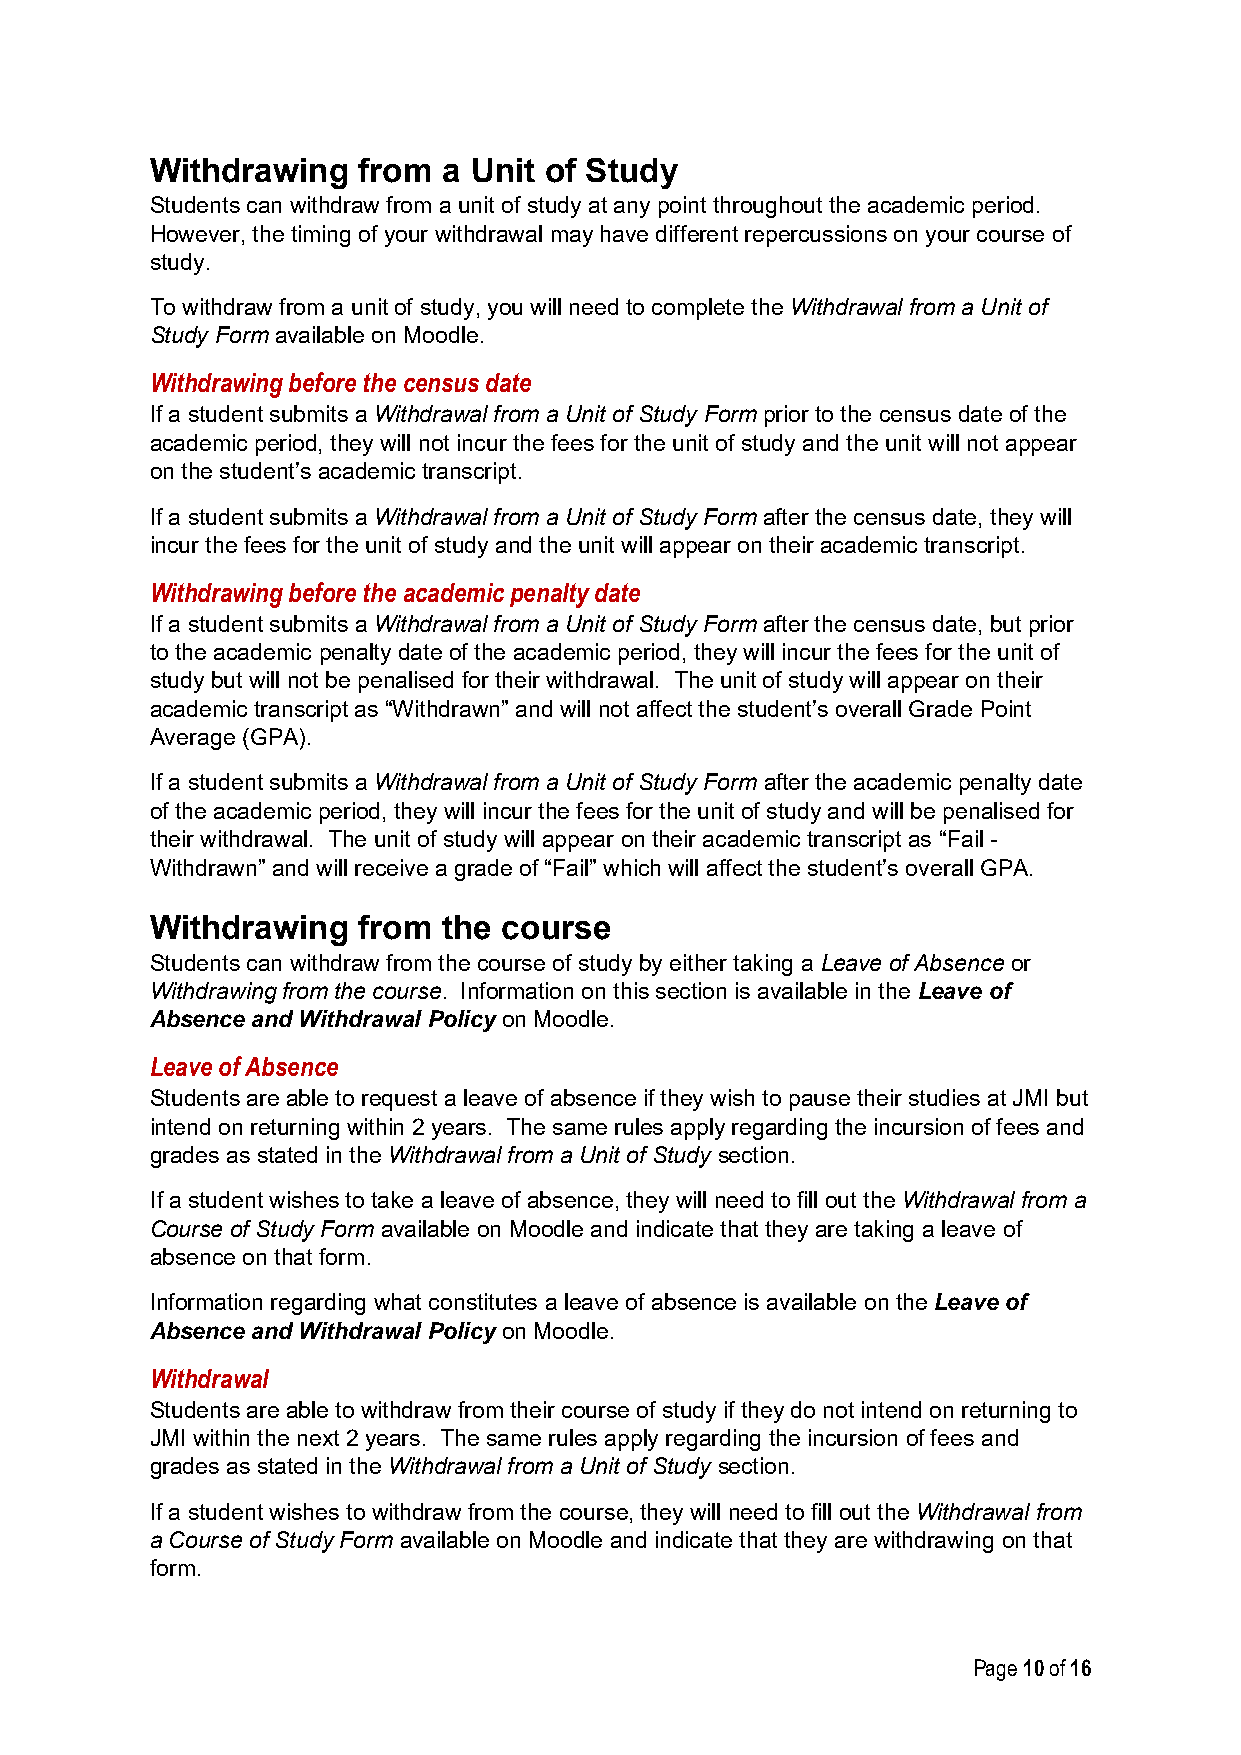
Withdrawing   from a Unit of Study
 Students can withdraw from a unit of study at any point throughout the academic period.
 However, the timing of your withdrawal may have different repercussions on your course of
 study.
 To withdraw from a unit of study, you will need to complete the Withdrawal from a Unit of
 Study Form available on Moodle.
 Withdrawing before the census date
 If a student submits a Withdrawal from a Unit of Study Form prior to the census date of the
 academic period, they will not incur the fees for the unit of study and the unit will not appear
 on the student’s academic transcript.
 If a student submits a Withdrawal from a Unit of Study Form after the census date, they will
 incur the fees for the unit of study and the unit will appear on their academic transcript.
 Withdrawing before the academic penalty date
 If a student submits a Withdrawal from a Unit of Study Form after the census date, but prior
 to the academic penalty date of the academic period, they will incur the fees for the unit of
 study but will not be penalised for their withdrawal. The unit of study will appear on their
 academic transcript as “Withdrawn” and will not affect the student’s overall Grade Point
 Average (GPA).
 If a student submits a Withdrawal from a Unit of Study Form after the academic penalty date
 of the academic period, they will incur the fees for the unit of study and will be penalised for
 their withdrawal. The unit of study will appear on their academic transcript as “Fail -
 Withdrawn” and will receive a grade of “Fail” which will affect the student’s overall GPA.
 Withdrawing   from the course
 Students can withdraw from the course of study by either taking a Leave of Absence or
 Withdrawing from the course. Information on this section is available in the Leave of
 Absence and Withdrawal Policy on Moodle.
 Leave of Absence
 Students are able to request a leave of absence if they wish to pause their studies at JMI but
 intend on returning within 2 years. The same rules apply regarding the incursion of fees and
 grades as stated in the Withdrawal from a Unit of Study section.
 If a student wishes to take a leave of absence, they will need to fill out the Withdrawal from a
 Course of Study Form available on Moodle and indicate that they are taking a leave of
 absence on that form.
 Information regarding what constitutes a leave of absence is available on the Leave of
 Absence and Withdrawal Policy on Moodle.
 Withdrawal
 Students are able to withdraw from their course of study if they do not intend on returning to
 JMI within the next 2 years. The same rules apply regarding the incursion of fees and
 grades as stated in the Withdrawal from a Unit of Study section.
 If a student wishes to withdraw from the course, they will need to fill out the Withdrawal from
 a Course of Study Form available on Moodle and indicate that they are withdrawing on that
 form.
 Page 10 of 16